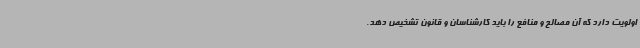
اولویت دارد که آن مصالح و منافع را باید کارشناسان و قانون تشخیص دهد.